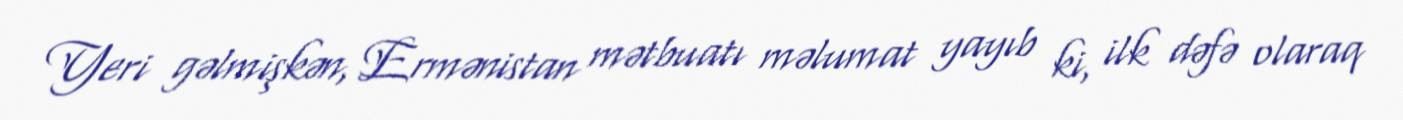
Yeri gəlmişkən, Ermənistan mətbuatı məlumat yayıb ki, ilk dəfə olaraq